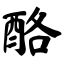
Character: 酪